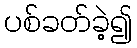
ပစ်ခတ်ခဲ့၍